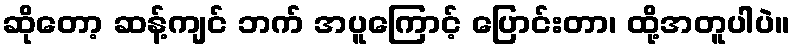
ဆိုတော့ ဆန့်ကျင် ဘက် အပူကြောင့် ပြောင်းတာ၊ ထို့အတူပါပဲ။